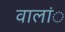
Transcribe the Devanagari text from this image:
वालांे